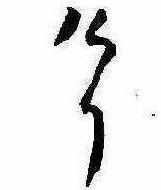
けり